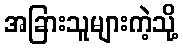
အခြားသူများကဲ့သို့